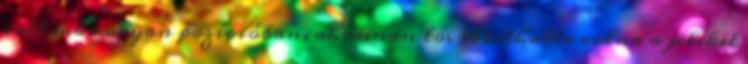
volt már olyan pozícióban, ahonnan továbbíthatta volna a jeleket